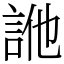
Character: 𧦭